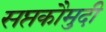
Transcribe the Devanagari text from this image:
सप्तकौमुदी